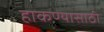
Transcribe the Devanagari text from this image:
हाकण्यासाठी